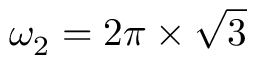
\omega _ { 2 } = 2 \pi \times \sqrt { 3 }